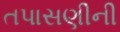
તપાસણીની